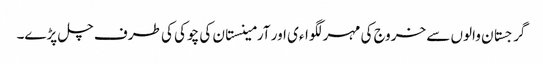
گرجستان والوں سے خروج کی مہر لگواءی اور آرمینستان کی چوکی کی طرف چل پڑے۔